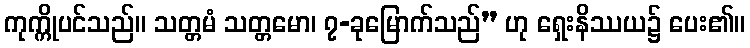
ကုက္ကိုပင်သည်။ သတ္တမံ သတ္တမော၊ ၇-ခုမြောက်သည်” ဟု ရှေးနိဿယ၌ ပေး၏။